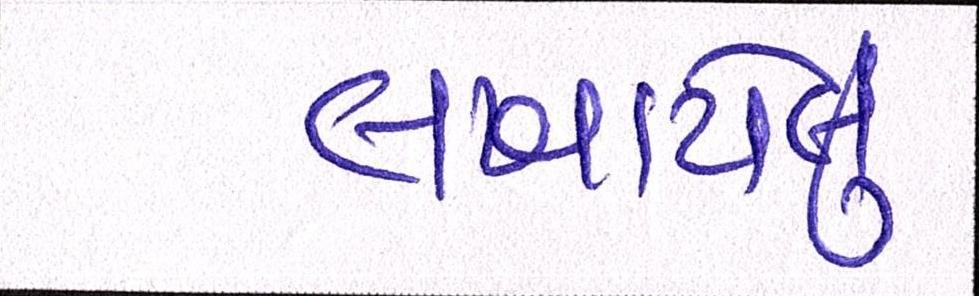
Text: લખાયેલુ